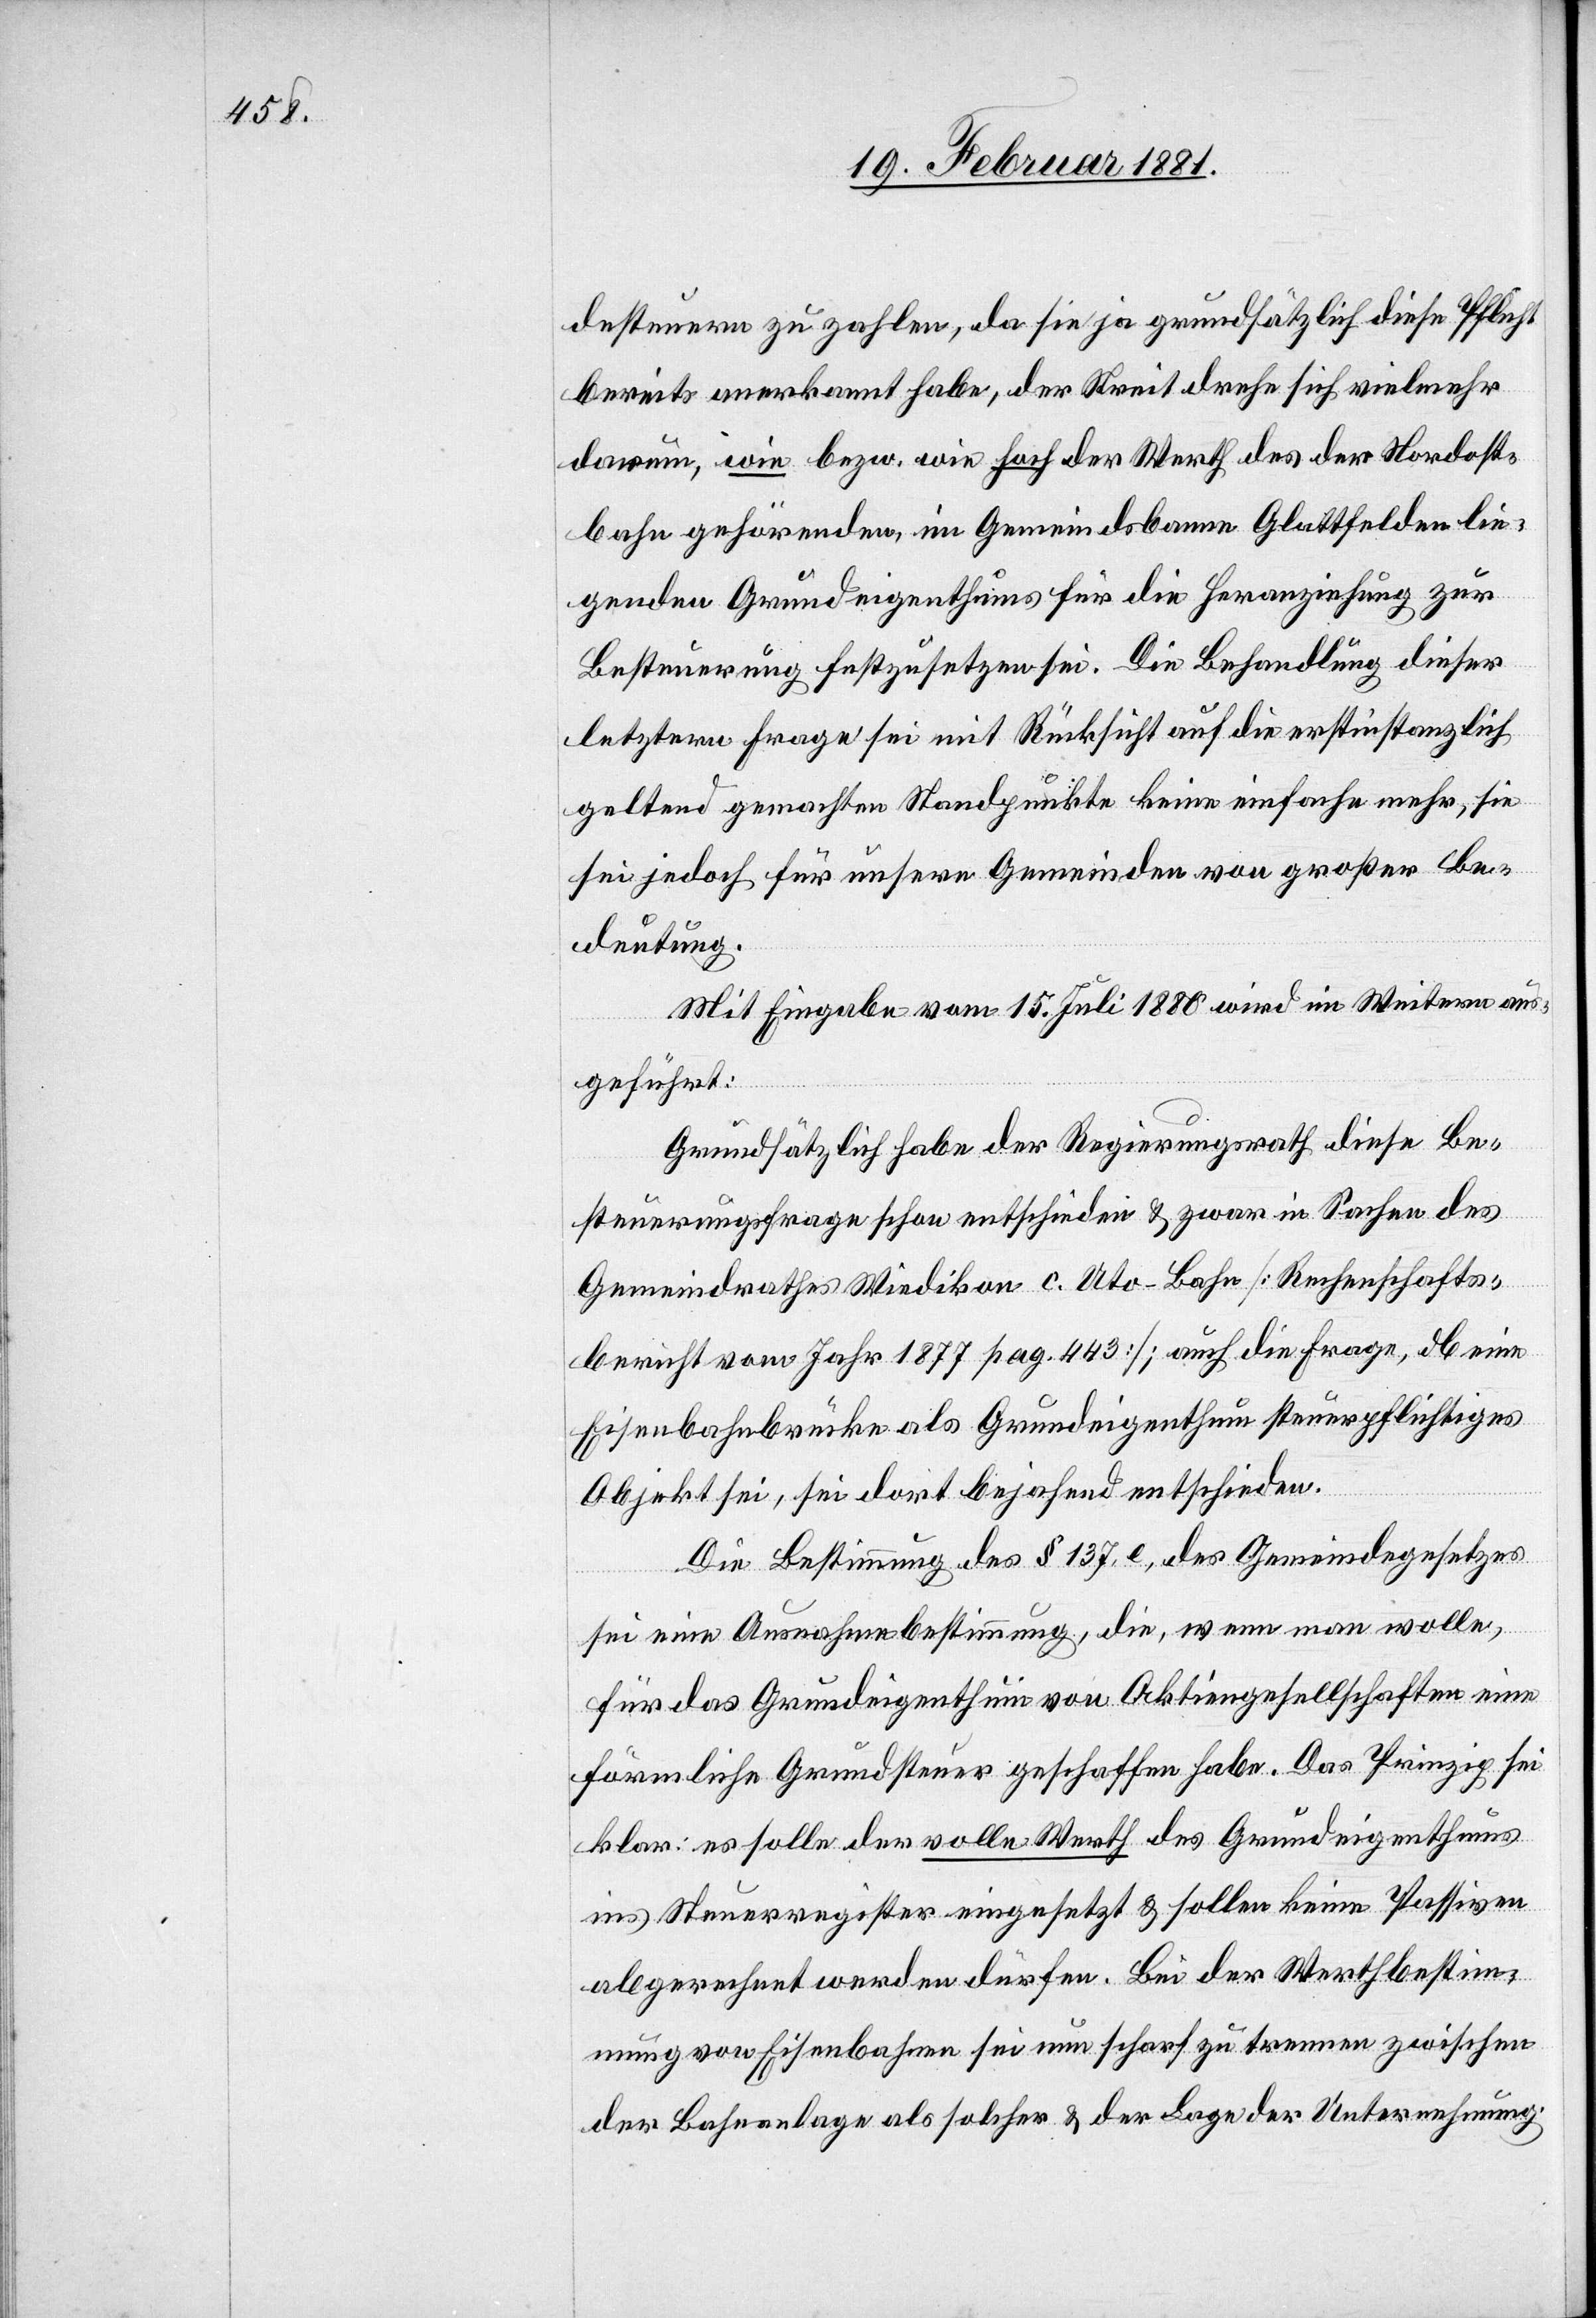
desteuern zu zahlen, da sie ja grundsätzlich diese Pflicht
bereits anerkannt habe, der Streit drehe sich vielmehr
darum, wie bezw. wie hoch der Werth des der Nordost¬
bahn gehörenden im Gemeindsbanne Glattfelden lie¬
genden Grundeigenthums für die Heranziehung zur
Besteuerung festzusetzen sei. Die Behandlung dieser
letztern Frage sei mit Rücksicht auf die erstinstanzlich
geltend gemachten Standpunkte keine einfache mehr, sie
sei jedoch für unsere Gemeinden von großer Be¬
deutung.
Mit Eingabe vom 15. Juli 1880 wird im Weitern aus¬
geführt:
Grundsätzlich habe der Regierungsrath diese Be¬
steuerungsfrage schon entschieden & zwar in Sachen des
Gemeindrathes Wiedikon c. Uto-Bahn [Rechenschafts¬
bericht vom Jahr 1877 pag. 443]; auch die Frage, ob eine
Eisenbahnbrücke Grundeigenthum steuerpflichtiges
Objekt sei, sei dort bejahend entschieden.
Die Bestimmung des § 137, e, des Gemeindegesetzes
sei eine Ausnahmebestimmung, die, wenn man wolle,
für das Grundeigenthum von Aktiengesellschaften eine
förmliche Grundsteuer geschaffen habe. Das Prinzip sei
klar: es solle der volle Werth des Grundeigenthums
ins Steuerregister eingesetzt & sollen keine Passiven
abgerechnet werden dürfen. Bei der Werthbestim¬
mung von Eisenbahnen sei nun scharf zu trennen zwischen
der Bahnanlage als solcher & der Lage der Unternehmung